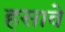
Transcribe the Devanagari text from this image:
हसावे